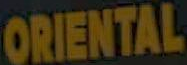
ORIENTAL